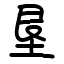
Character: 垦